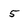
Character: 5